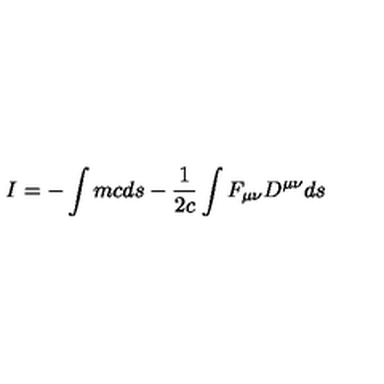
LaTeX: I = - \int { m c d s } - { \frac { 1 } { 2 c } } \int { F _ { \mu \nu } D ^ { \mu \nu } d s }